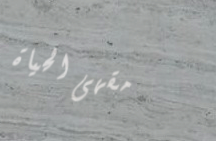
مقهى الحياة